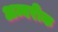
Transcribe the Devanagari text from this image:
अम्बरीक